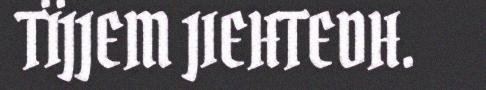
TÏJJEM JIEHTEDH.